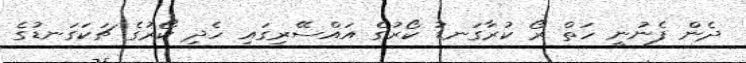
ދެން ފެނުނީ ހަތް ރޯ ކުރާގަނޑު ކޯރުގެ އައްސޭރިގައި ހެދި ކޯރުގެ ޗަކަގަނޑުގެ